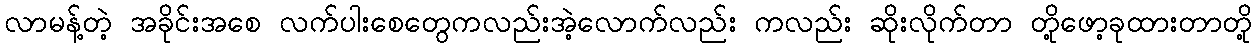
လာမန့်တဲ့ အခိုင်းအစေ လက်ပါးစေတွေကလည်းအဲ့လောက်လည်း ကလည်း ဆိုးလိုက်တာ တို့ဖော့ခုထားတာတို့